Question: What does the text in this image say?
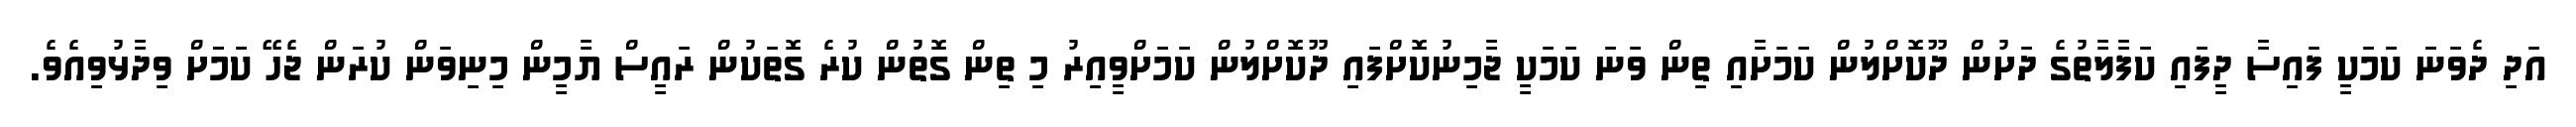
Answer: އަދި ދެވަނަ ކަމަކީ ފައިސާ ދީފައި ކަފާލާތުގެ ދަށުން ދޫކޮށްލުން ކަމަށާއި ތިން ވަނަ ކަމަކީ ޖާމިނުކޮށްފައި ދޫކޮށްލުން ކަމަށްވީއިރު މި ތިން ގޮތުން ކުރެ ގޮތަކުން ރައީސް ޔާމީން މިނިވަން ކުރަން ޖެހޭ ކަމަަށް ވިދާޅުވިއެވެ.